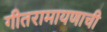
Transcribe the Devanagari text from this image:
गीतरामायणाची